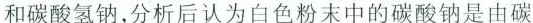
和碳酸氢钠，分析后认为白色粉末中的碳酸钠是由碳